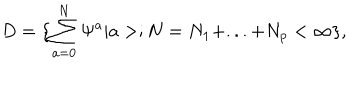
D = \{ \sum _ { a = 0 } ^ { N } \Psi ^ { a } | a > ; N = N _ { 1 } + . . . + N _ { p } < \infty \} ,